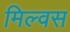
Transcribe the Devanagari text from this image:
मिल्वस